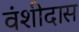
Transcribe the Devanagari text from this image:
वंशीदास